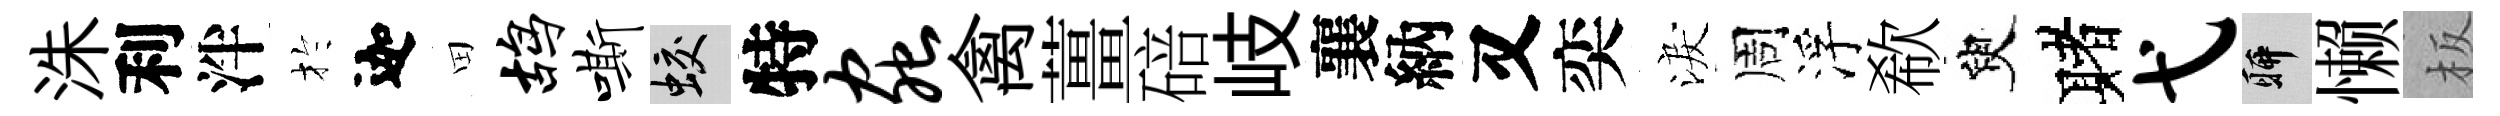
洙利泮扵迦田鸪嘶蛟特虫禽薑碚岐襄納又奕淚周浮欷臾赌弋聊懒板